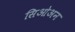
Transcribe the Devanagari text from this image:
सिओअन